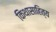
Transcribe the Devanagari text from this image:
किथासाहित्य